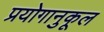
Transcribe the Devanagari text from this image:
प्रयोगानुकूल